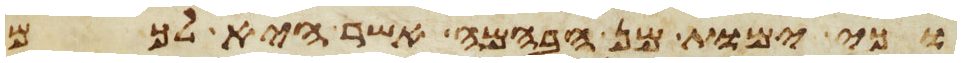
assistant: וכי ימות מן הבהמה אשר היא לכם